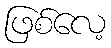
ဖြစ်လေ့